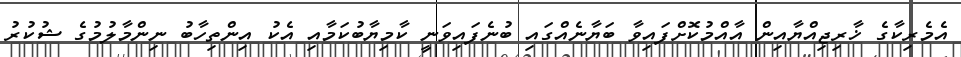
އެމެރިކާގެ ޚާރިޖިއްޔާއިން އާއްމުކޮށްފައިވާ ބަޔާނެއްގައި ބުނެފައިވަނީ ކާމިޔާބުކަމާއި އެކު އިންތިހާބު ނިންމާލުމުގެ ޝުކުރު